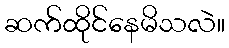
ဆက်ထိုင်နေမိသလဲ။